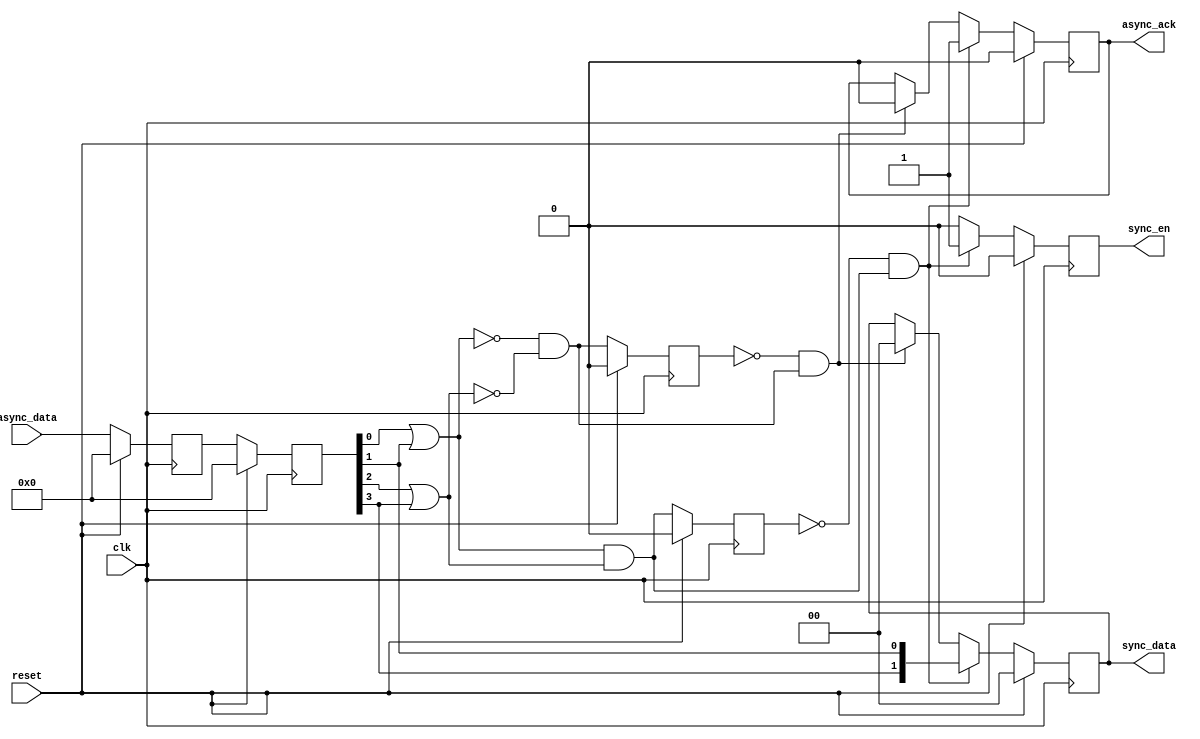
module async (
    input  wire         clk,
    input  wire         reset,
    input  wire  [3:0]  async_data,
    output reg          async_ack,
    output reg   [1:0]  sync_data,
    output reg          sync_en
);
    reg  [3:0] async_data_d1, async_data_d2;
    wire async_req_d0, async_sp_d0;
    reg  async_req_d1, async_sp_d1;
    wire async_req_edge, async_sp_edge;
    always @(posedge clk) begin
        if (reset == 1'b1) begin
            async_data_d1 <= 4'b0;
            async_data_d2 <= 4'b0;
        end else begin
            async_data_d1 <= async_data;
            async_data_d2 <= async_data_d1;
        end
    end
    assign async_req_d0 = (async_data_d2[0] | async_data_d2[1]) & (async_data_d2[2] | async_data_d2[3]);
    assign async_sp_d0  = ~(async_data_d2[0] | async_data_d2[1]) & ~(async_data_d2[2] | async_data_d2[3]);
    always @(posedge clk) begin
        if (reset == 1'b1) begin
            async_req_d1 <= 1'b0;
            async_sp_d1  <= 1'b0;
        end else begin
            async_req_d1 <= async_req_d0;
            async_sp_d1  <= async_sp_d0;
        end
    end
    assign async_req_edge = ~async_req_d1 & async_req_d0;
    assign async_sp_edge = ~async_sp_d1 & async_sp_d0;
    always @(posedge clk) begin
        if (reset == 1'b1) begin
            async_ack <= 1'b0;
            sync_data <= 2'b0;
            sync_en   <= 1'b0;
        end else begin
            if (async_req_edge == 1'b1) begin
                async_ack <= 1'b1;
                sync_data <= {async_data_d2[3], async_data_d2[1]};
                sync_en   <= 1'b1;
            end else if (async_sp_edge == 1'b1) begin
                async_ack <= 1'b0;
                sync_data <= 2'b0;
                sync_en <= 1'b0;
            end else begin
                sync_en <= 1'b0;
            end
        end
    end
endmodule